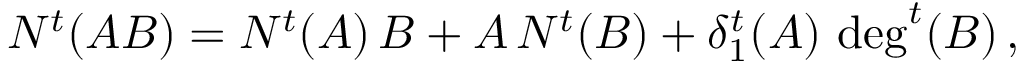
N ^ { t } ( A B ) = N ^ { t } ( A ) \, B + A \, N ^ { t } ( B ) + \delta _ { 1 } ^ { t } ( A ) \, \deg ^ { t } ( B ) \, ,